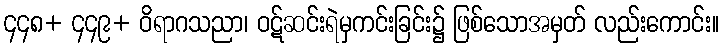
၄၄၈+ ၄၄၉+ ဝိရာဂသညာ၊ ဝဋ်ဆင်းရဲမှကင်းခြင်း၌ ဖြစ်သောအမှတ် လည်းကောင်း။